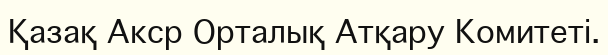
Қазақ Акср Орталық Атқару Комитеті.